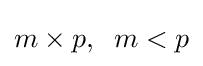
m\times p,\;\;m<p